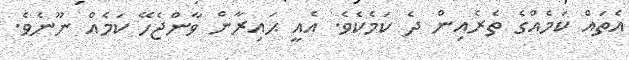
އެތައް ކަމެއްގެ ތެރެއިން ދެ ކަމެކެވެ. އެއީ ޙައިރާން ވާންޖެހޭ ކަމެއް ނޫނެވެ.